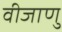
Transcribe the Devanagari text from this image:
वीजाणु